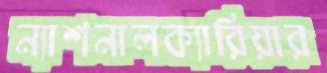
ন্যাশনালক্যারিয়ার